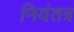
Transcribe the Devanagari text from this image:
नियंतत्र